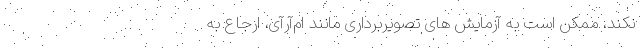
نکند، ممکن است به آزمایش های تصویربرداری مانند ام‌آر‌آی، ارجاع به